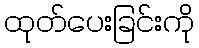
ထုတ်ပေးခြင်းကို